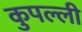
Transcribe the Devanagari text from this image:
कुपल्ली